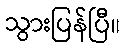
သွားပြန်ပြီ။